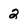
Character: 2